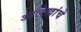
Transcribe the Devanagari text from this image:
आलेखांचे